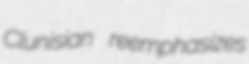
Clunisian reemphasizes